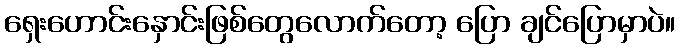
ရှေးဟောင်းနှောင်းဖြစ်တွေလောက်တော့ ပြော ချင်ပြောမှာပဲ။